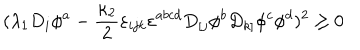
( \lambda _ { 1 } D _ { i } \phi ^ { a } - \frac { \kappa _ { 2 } } { 2 } \varepsilon _ { i j k } \varepsilon ^ { a b c d } D _ { [ j } \phi ^ { b } D _ { k ] } \phi ^ { c } \phi ^ { d } ) ^ { 2 } \ge 0